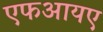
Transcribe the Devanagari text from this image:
एफआयए